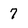
Character: 7